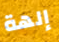
إلهة